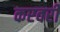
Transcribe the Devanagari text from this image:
करवरी